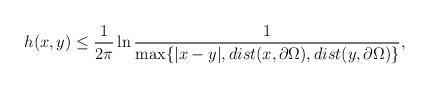
LaTeX: \begin{align*}h(x,y) \leq \frac{1}{2\pi}\ln \frac{1}{\max \{ |x-y|, dist(x,\partial \Omega),dist(y,\partial \Omega) \} },\end{align*}